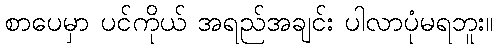
စာပေမှာ ပင်ကိုယ် အရည်အချင်း ပါလာပုံမရဘူး။